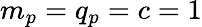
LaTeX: m_{p}=q_{p}=c=1